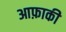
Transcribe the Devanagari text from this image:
आफ़ाकी